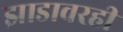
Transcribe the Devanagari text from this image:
झाडावरही